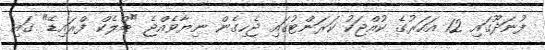
ފުނަދޫގައި 12 އަހަރުގެ ކުއްޖަކު ކަރަންޓުގައި ޖެހިގެން ނިޔާވެއްޖެ "ބްލެކް ފްރައިޑޭ" ގައި